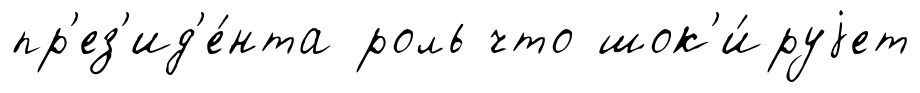
пр'ез'ид'е́нта роль что шок'и́руjет